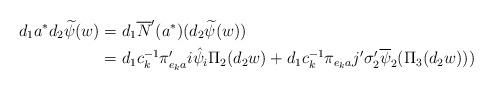
LaTeX: \begin{align*}d_{1}a^{\ast}d_{2}\widetilde{\psi}(w)&=d_{1}\overline{N}'(a^{\ast})(d_{2}\widetilde{\psi}(w)) \\&=d_{1}c_{k}^{-1}\pi_{e_{k}a}'i \hat{\psi}_{i} \Pi_{2}(d_{2}w)+d_{1}c_{k}^{-1}\pi_{e_{k}a}j'\sigma_{2}'\overline{\psi}_{2}(\Pi_{3}(d_{2}w)))\end{align*}